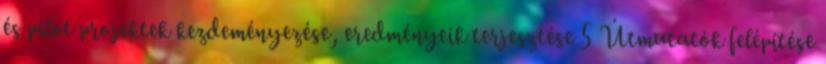
és pilot projektek kezdeményezése, eredményeik terjesztése 5 Útmutatók felépítése